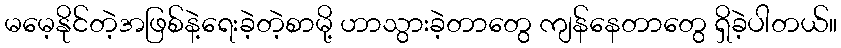
မမေ့နိုင်တဲ့အဖြစ်နဲ့ရေးခဲ့တဲ့စာမို့ ဟာသွားခဲ့တာတွေ ကျန်နေတာတွေ ရှိခဲ့ပါတယ်။